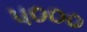
૫૦૦૦